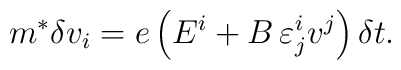
m^*\delta v_i=e\left(E^i+B\,\varepsilon^i_j{}v^j\right)\delta{t}.